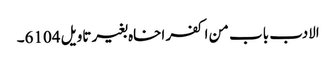
الادب باب من اکفر اخاہ بغیر تاویل 6104۔